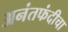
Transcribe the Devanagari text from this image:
अनंतफंदीचा